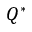
Q ^ { * }